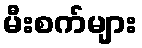
မီးစက်များ